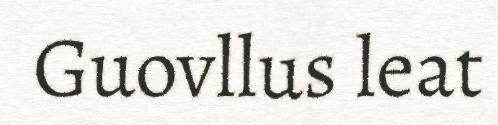
Guovllus leat